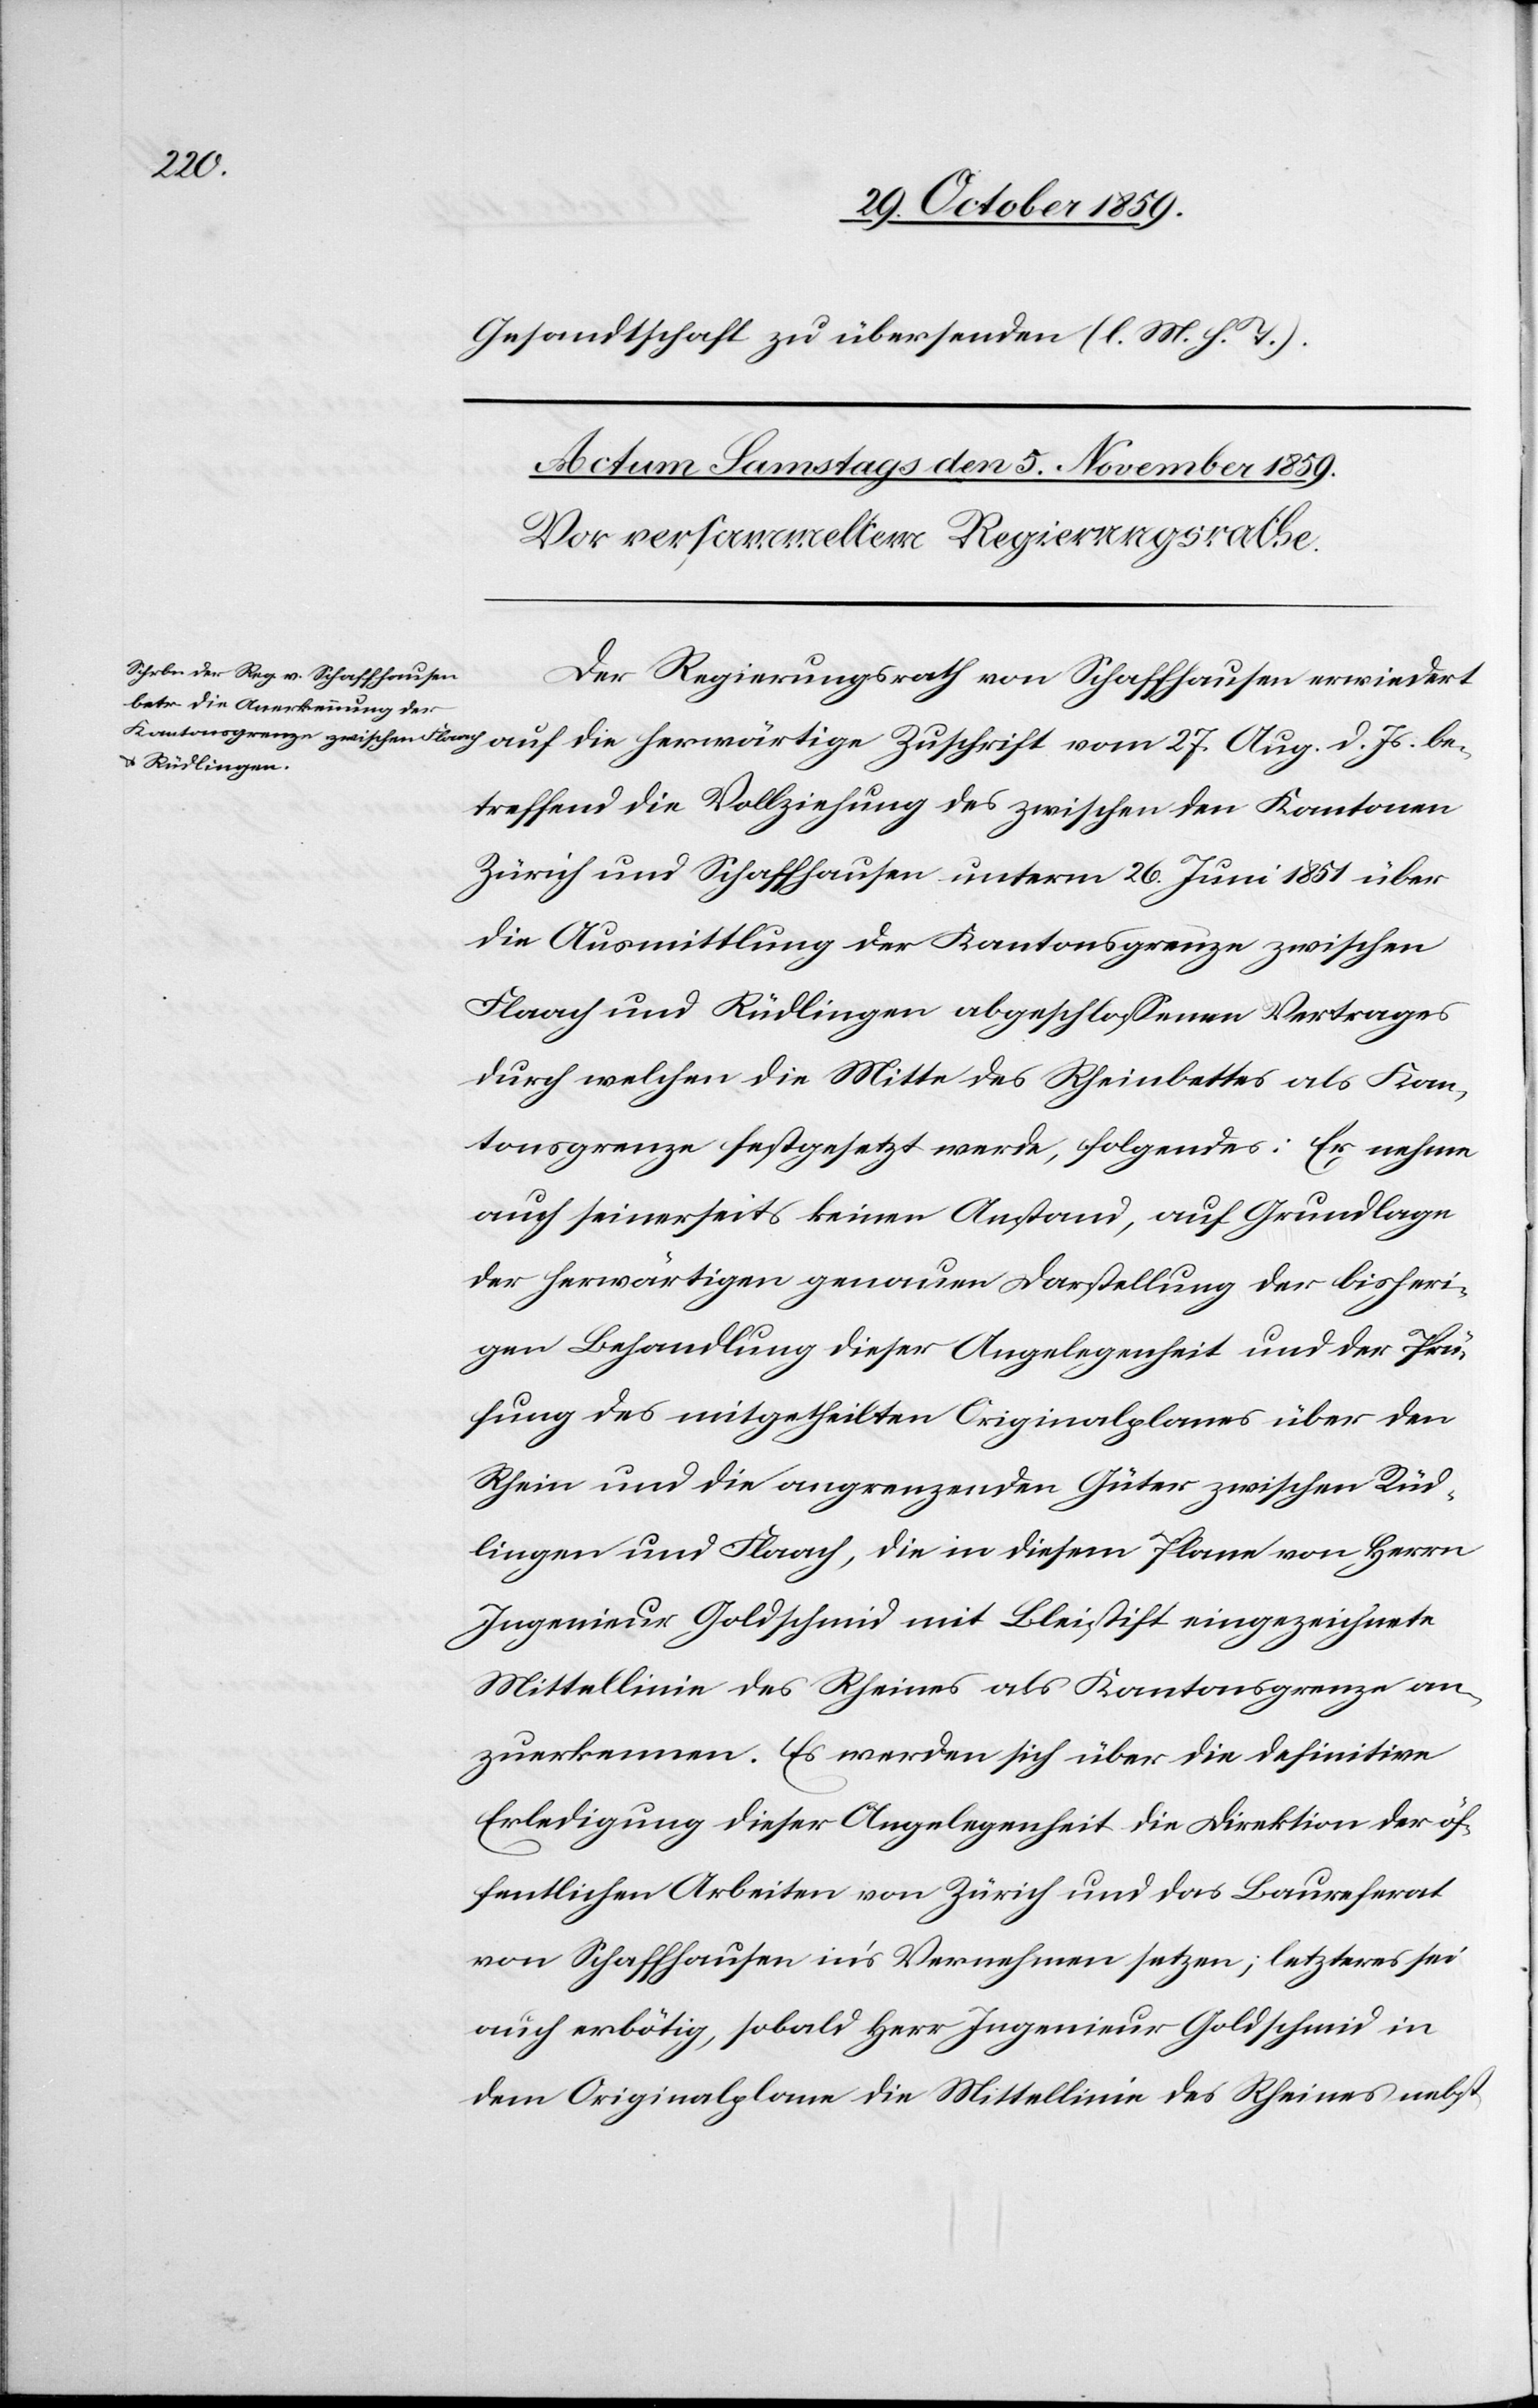
27.
Gesandtschaft zu übersenden (l. M. h. T.).
Der Regierungsrath von Schaffhausen erwiedert
betreffend die Vollziehung des zwischen den Kantonen
Zürich und Schaffhausen unterm 26. Juni 1851 über
die Ausmittlung der Kantonsgrenze zwischen
Flaach und Rüdlingen abgeschlossenen Vertrages
durch welchen die Mitte des Rheinbettes als Kan¬
tonsgrenze festgesetzt werde, folgendes: Er nehme
auch seinerseits keinen Anstand, auf Grundlage
der herwärtigen genauen Darstellung der bisheri¬
gen Behandlung dieser Angelegenheit und der Prü¬
fung des mithgetheilten Originalplanes über den
Rhein und die angrenzenden Güter zwischen Rüd¬
lingen und Flaach, die in diesem Plane von Herrn
Ingenieur Goldschmid mit Bleistift eingezeichnete
Mittellinie des Rheines als Kantonsgrenze an¬
zuerkennen. Es werden sich über die definitive
Erledigung dieser Angelegenheit die Direktion der öf¬
fentlichen Arbeiten von Zürich und das Baureferat
von Schaffhausen in’s Vernehmen setzen; letzteres sei
auch erbötig, sobald Herr Ingenieur Goldschmid in
dem Originalplane die Mittellinie des Rheines nebst